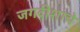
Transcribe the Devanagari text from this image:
जगदीशाचे